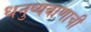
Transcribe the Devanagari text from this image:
धनुष्यबाणाची